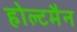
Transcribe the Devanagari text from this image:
होल्टमैन